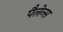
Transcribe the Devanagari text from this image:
पैलेन्स